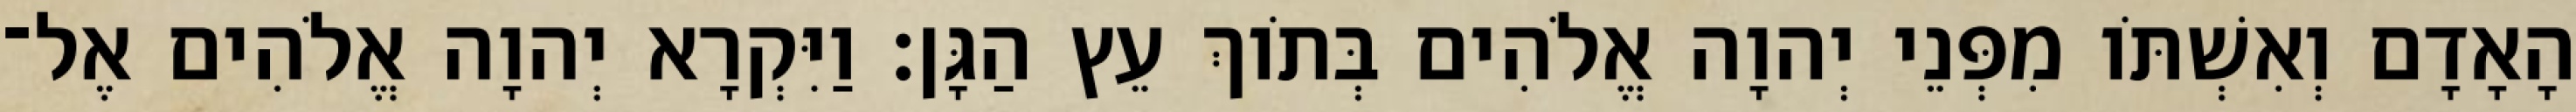
הָאָדָם וְאִשְׁתֹּו מִפְּנֵי יְהוָה אֱלֹהִים בְּתֹוךְ עֵץ הַגָּן׃ וַיִּקְרָא יְהוָה אֱלֹהִים אֶל־